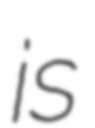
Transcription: is